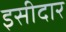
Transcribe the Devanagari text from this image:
इसीदार